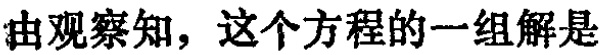
由观察知，这个方程的一组解是